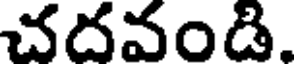
చదవండి.